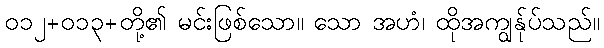
၀၁၂+၀၁၃+တို့၏ မင်းဖြစ်သော။ သော အဟံ၊ ထိုအကျွန်ုပ်သည်။